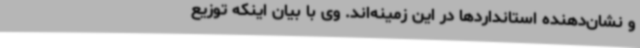
و نشان‌دهنده استانداردها در این زمینه‌اند. وی با بیان اینکه توزیع